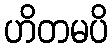
ဟိတမပိ